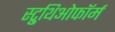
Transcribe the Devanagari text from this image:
स्ट्रुथिओफॉर्म